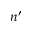
n ^ { \prime }